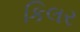
કિલર